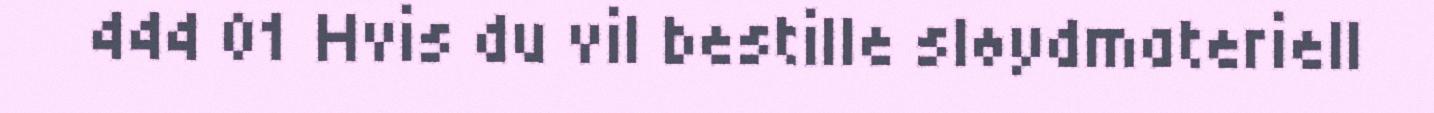
444 01 Hvis du vil bestille sløydmateriell